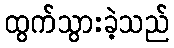
ထွက်သွားခဲ့သည်